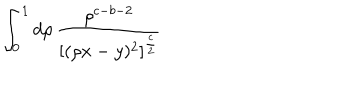
LaTeX: \int _ { 0 } ^ { 1 } d \rho \, \frac { \rho ^ { c - b - 2 } } { [ ( \rho x - y ) ^ { 2 } ] ^ { \frac { c } { 2 } } }